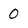
Character: 0